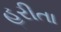
હરીતા